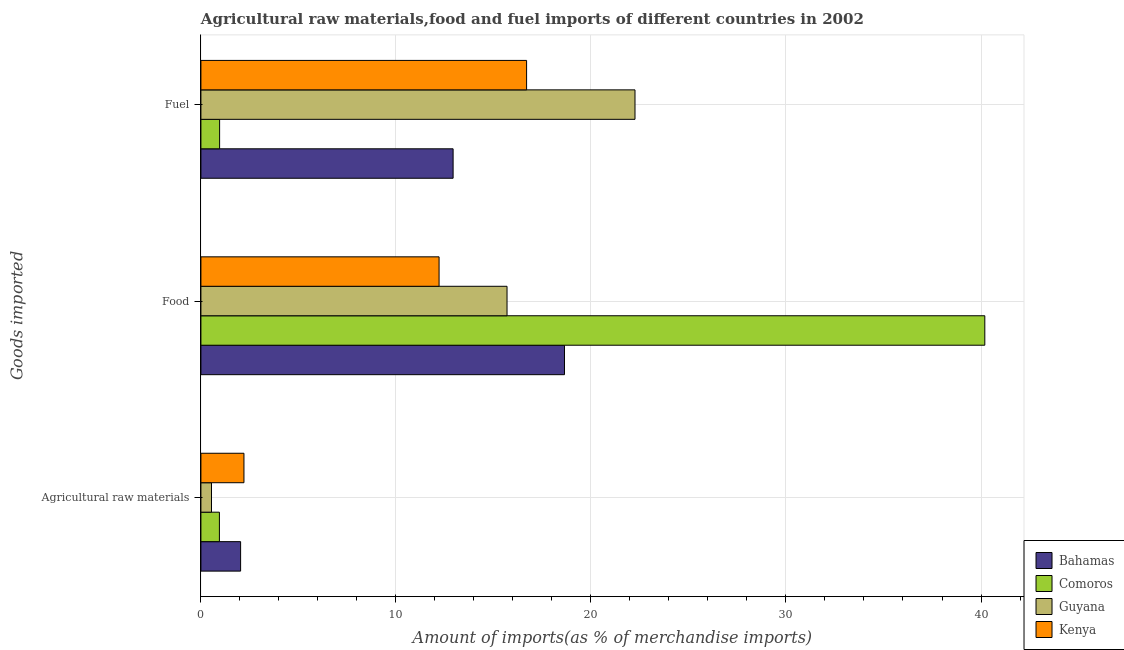
| Goods imported | Bahamas | Comoros | Guyana | Kenya |
 | --- | --- | --- | --- | --- |
 | Agricultural raw materials | 2.04 | 0.948 | 0.543 | 2.21 |
 | Food | 18.6 | 40.2 | 15.7 | 12.2 |
 | Fuel | 12.9 | 0.959 | 22.3 | 16.7 |